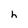
Character: h